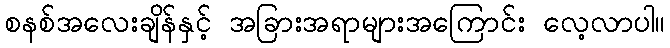
စနစ်အလေးချိန်နှင့် အခြားအရာများအကြောင်း လေ့လာပါ။